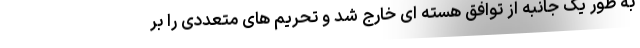
به طور یک جانبه از توافق هسته ای خارج شد و تحریم های متعددی را بر